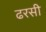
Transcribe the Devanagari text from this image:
ढरसी